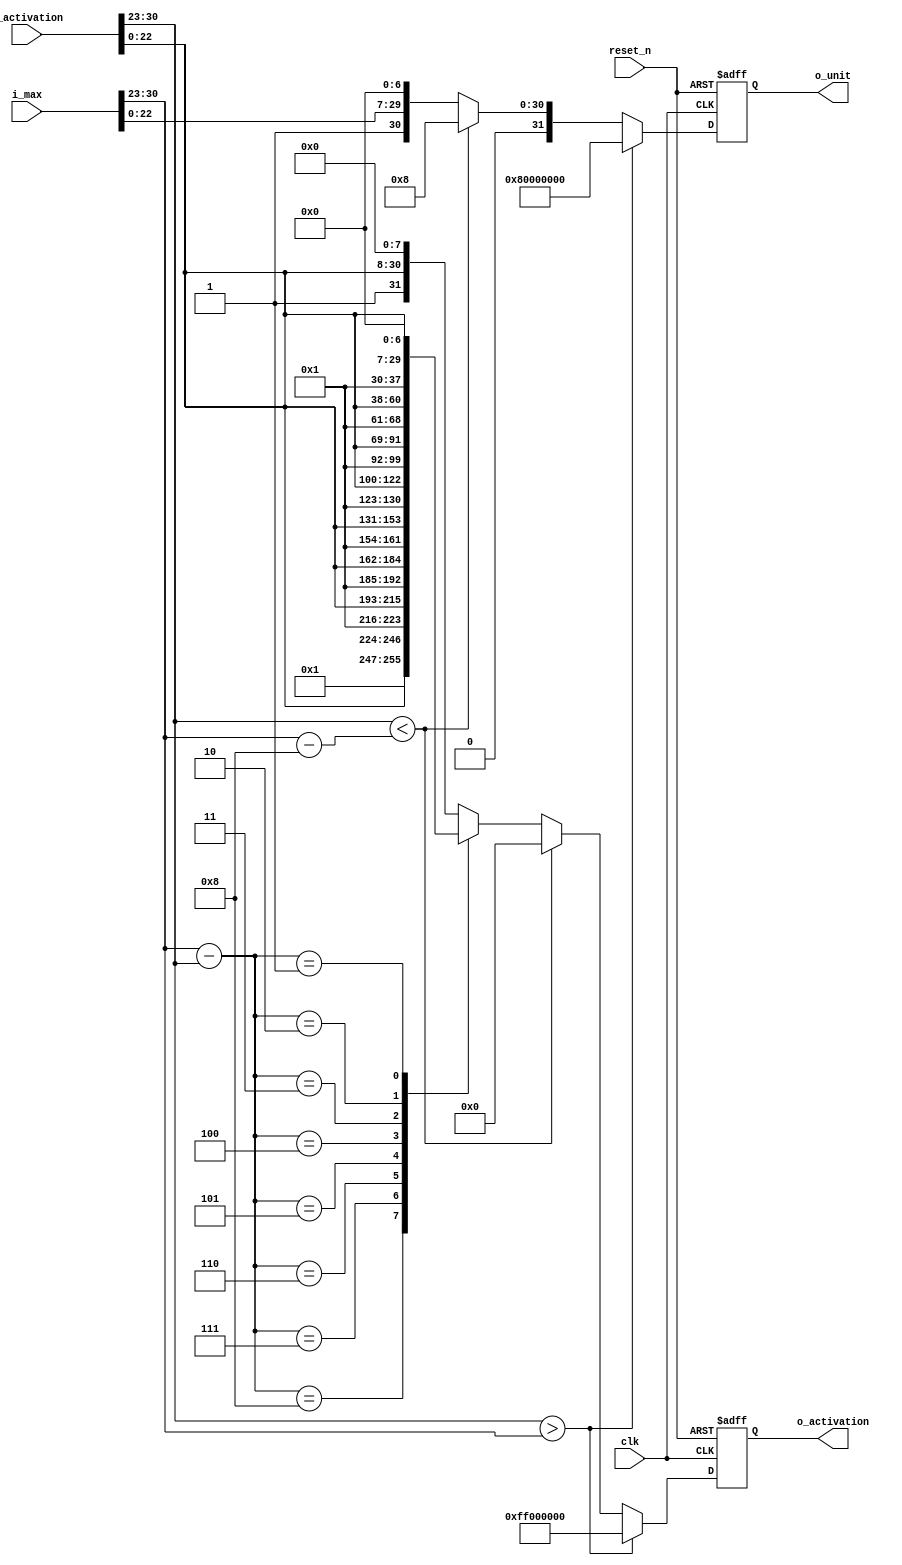
`timescale 1ns / 1ps

/*
-------------------------------------------------------
make fp32 to integer and change digit by unit' exponent 


-------------------------------------------------------
*/

module quant_pre(
    input         clk,
    input         reset_n,
    input  [31:0] i_max,
    input  [31:0] i_activation,
    output [31:0] o_unit,
    output [31:0] o_activation
);

    reg [31:0] r_unit;
    reg [31:0] r_activation;

    always@(posedge clk or negedge reset_n) begin
        if (!reset_n) begin
		    r_unit       <= 32'd0;
			r_activation <= 32'd0;
        end else begin
            // if activation is bigger than max's exponent, return r_activation as 1111 1111
            if (i_activation[30:23] > i_max[30:23]) begin 
                r_unit <= 32'h80000000; 
                r_activation <= 32'hff000000; 

            // if activation is lower than unit's exponent, return 0
            end else if (i_activation[30:23] < (i_max[30:23] - 8'd8)) begin 
                r_unit <= 32'h00000008;
                r_activation <= 32'd0;
                
            // if max exp - act exp = 0~8
            end else begin
                r_unit <= {2'd1, i_max[22:0], 7'd0};
                
                case (i_max[30:23] - i_activation[30:23])
                    8'd8:    r_activation <= {9'd1, i_activation[22:0]};
                    8'd7:    r_activation <= {8'd1, i_activation[22:0], 1'd0};
                    8'd6:    r_activation <= {7'd1, i_activation[22:0], 2'd0};
                    8'd5:    r_activation <= {6'd1, i_activation[22:0], 3'd0};
                    8'd4:    r_activation <= {5'd1, i_activation[22:0], 4'd0};
                    8'd3:    r_activation <= {4'd1, i_activation[22:0], 5'd0};
                    8'd2:    r_activation <= {3'd1, i_activation[22:0], 6'd0};
                    8'd1:    r_activation <= {2'd1, i_activation[22:0], 7'd0};
                    default: r_activation <= {1'd1, i_activation[22:0], 8'd0};
                endcase
            end
        end
    end

    assign o_unit = r_unit;
    assign o_activation = r_activation;

endmodule